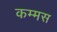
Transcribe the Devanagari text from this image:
कम्मस